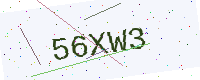
Text: 56XW3